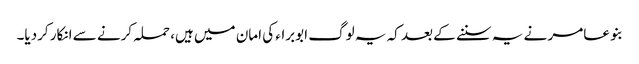
بنو عامر نے یہ سننے کے بعد کہ یہ لوگ ابوبراء کی امان میں ہیں، حملہ کرنے سے انکار کردیا۔